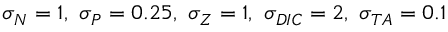
\sigma _ { N } = 1 , ~ \sigma _ { P } = 0 . 2 5 , ~ \sigma _ { Z } = 1 , ~ \sigma _ { D I C } = 2 , ~ \sigma _ { T A } = 0 . 1